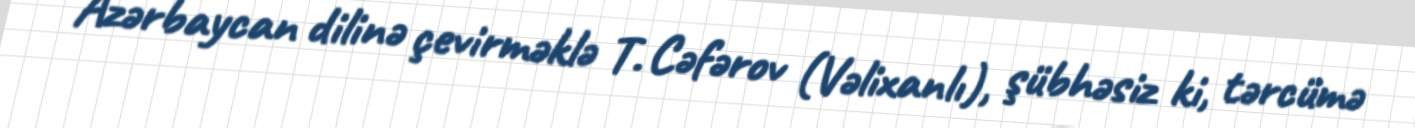
Azərbaycan dilinə çevirməklə T. Cəfərov (Vəlixanlı), şübhəsiz ki, tərcümə